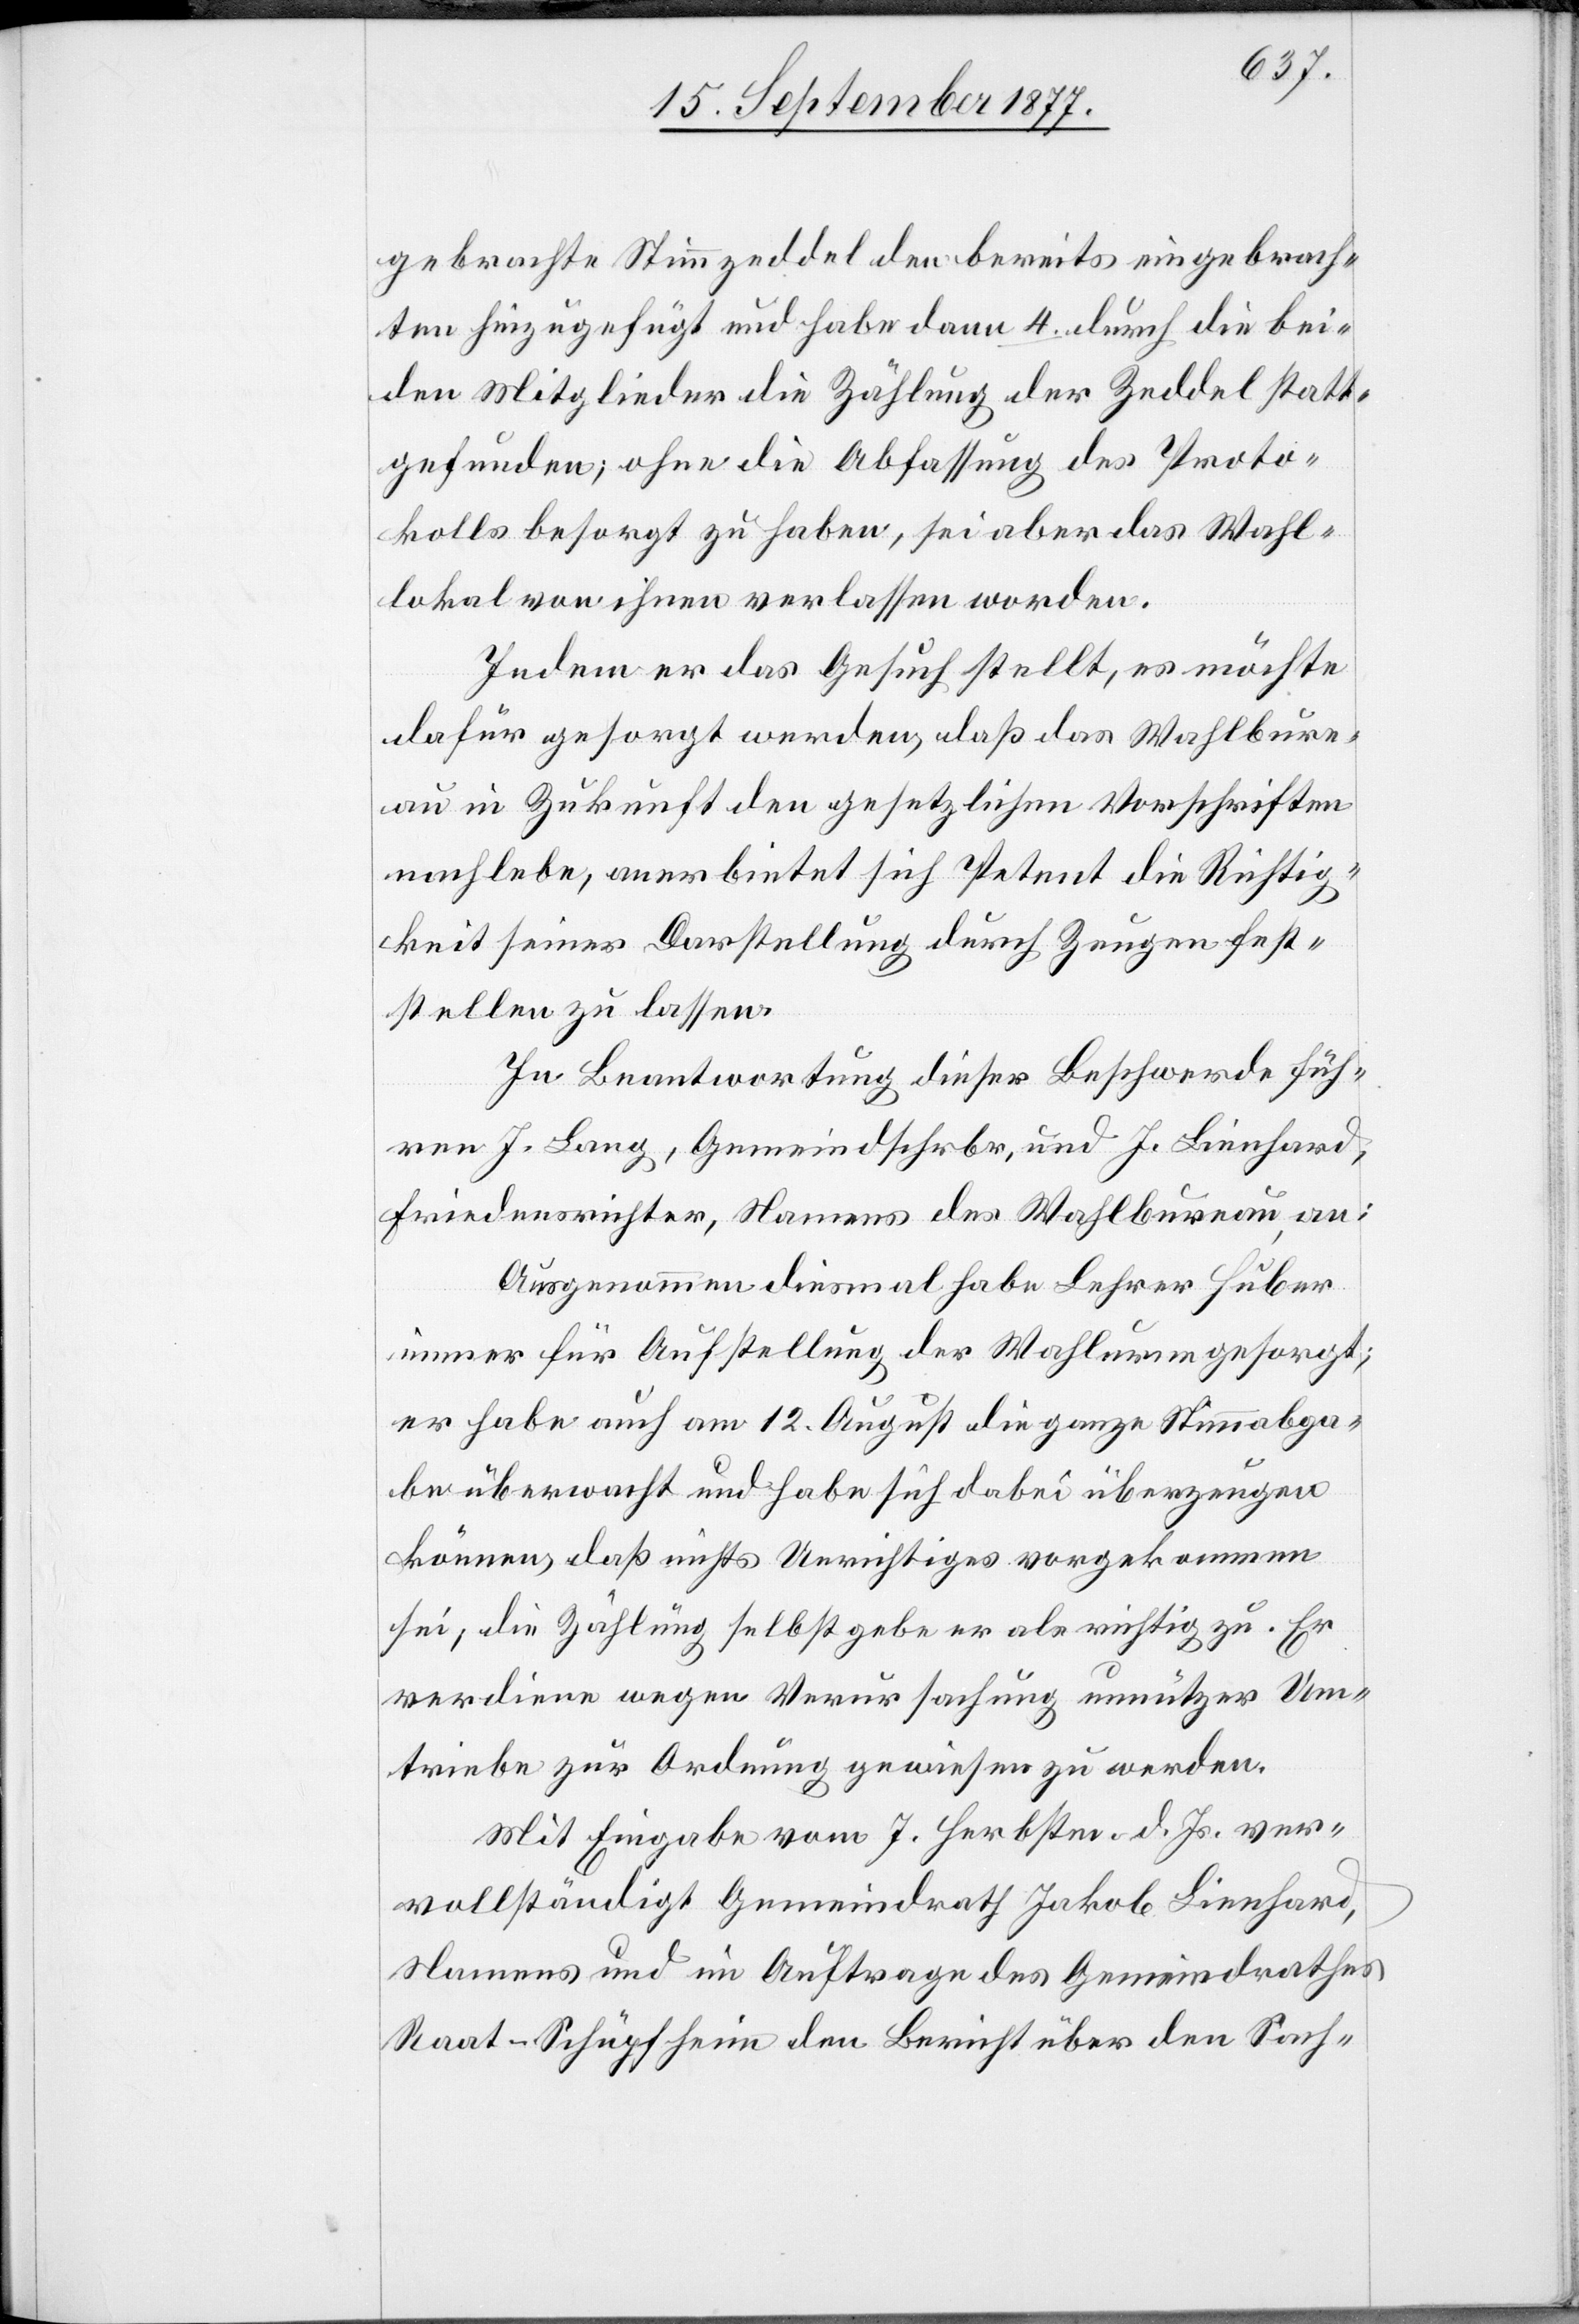
gebrachte Stimmzeddel den bereits eingebrach¬
ten hinzugefügt und habe dann 4. durch die bei¬
den Mitglieder die Zählung der Zeddel statt¬
gefunden; ohne die Abfassung des Proto¬
kolls besorgt zu haben, sei aber das Wahl¬
lokal von ihnen verlassen worden.
Indem er das Gesuch stellt, es möchte
dafür gesorgt werden, daß das Wahlbure¬
au in Zukunft den gesetzlichen Vorschriften
nachlebe, anerbietet sich Petent die Richtig¬
keit seiner Darstellung durch Zeugen fest¬
stellen zu lassen.
In Beantwortung dieser Beschwerde füh¬
ren J. Lang, Gemeindschrbr, und J. Lienhard,
Friedensrichter, Namens des Wahlbureau, an:
Ausgenommen diesmal habe Lehrer Huber
immer für Aufstellung der Wahlurne gesorgt;
er habe auch am 12. August die ganze Stimmabga¬
be überwacht und habe sich dabei überzeugen
können, daß nichts Unrichtiges vorgekommen
sei; die Zählung selbst gebe er als richtig zu. Er
verdiene wegen Verursachung unnützer Um¬
triebe zur Ordnung gewiesen zu werden.
Mit Eingabe vom 7. Herbstm. d. Js. ver¬
vollständigt Gemeindrath Jakob Lienhard,
Namens und im Auftrage des Gemeindrathes
Raat-Schüpfheim den Bericht über den Sach-